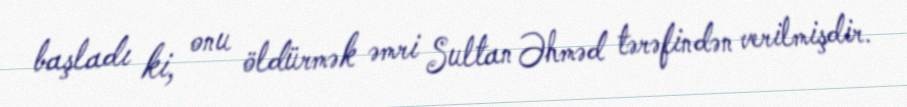
başladı ki, onu öldürmək əmri Sultan Əhməd tərəfindən verilmişdir.